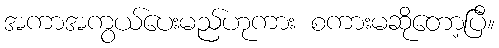
အကာအကွယ်ပေးမည်ဟုကား စကားမဆိုတော့ပြီ။